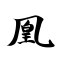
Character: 凰